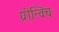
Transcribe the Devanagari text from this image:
ग्रीन्विच